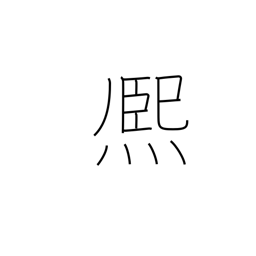
Meaning: shine